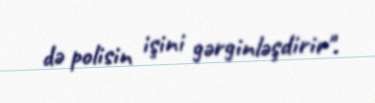
də polisin işini gərginləşdirir".